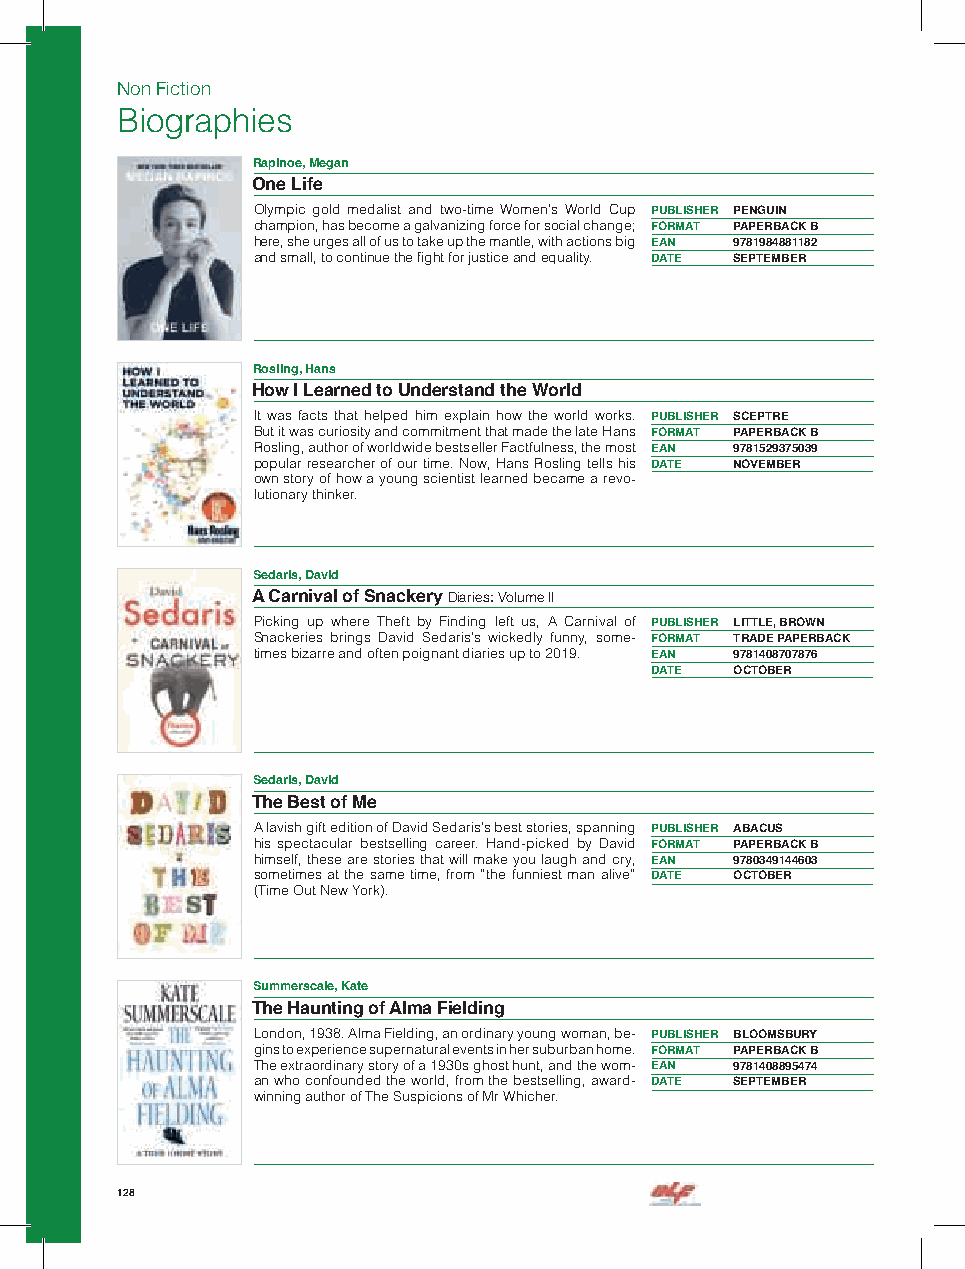
Non Fiction
 Biographies
 Rapinoe, Megan
 One Life
 Olympic gold medalist and two-time Women’s World Cup PUBLISHER PENGUIN
 champion, has become a galvanizing force for social change; FORMAT PAPERBACK B
 here, she urges all of us to take up the mantle, with actions big EAN 9781984881182
 and small, to continue the fight for justice and equality. DATE SEPTEMBER
 Rosling, Hans
 How I Learned to Understand the World
 It was facts that helped him explain how the world works. PUBLISHER SCEPTRE
 But it was curiosity and commitment that made the late Hans FORMAT PAPERBACK B
 Rosling, author of worldwide bestseller Factfulness, the most EAN 9781529375039
 popular researcher of our time. Now, Hans Rosling tells his DATE NOVEMBER
 own story of how a young scientist learned became a revo-
 lutionary thinker.
 Sedaris, David
 A Carnival of Snackery Diaries: Volume II
 Picking up where Theft by Finding left us, A Carnival of PUBLISHER LITTLE, BROWN
 Snackeries brings David Sedaris’s wickedly funny, some- FORMAT TRADE PAPERBACK
 times bizarre and often poignant diaries up to 2019. EAN 9781408707876
 DATE  OCTOBER
 Sedaris, David
 The Best of Me
 A lavish gift edition of David Sedaris’s best stories, spanning PUBLISHER ABACUS
 his spectacular bestselling career. Hand-picked by David FORMAT PAPERBACK B
 himself, these are stories that will make you laugh and cry, EAN 9780349144603
 sometimes at the same time, from “the funniest man alive” DATE OCTOBER
 (Time Out New York).
 Summerscale, Kate
 The Haunting of Alma Fielding
 London, 1938. Alma Fielding, an ordinary young woman, be- PUBLISHER BLOOMSBURY
 gins to experience supernatural events in her suburban home. FORMAT PAPERBACK B
 The extraordinary story of a 1930s ghost hunt, and the wom- EAN 9781408895474
 an who confounded the world, from the bestselling, award- DATE SEPTEMBER
 winning author of The Suspicions of Mr Whicher.
 128